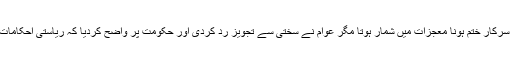
صدیوں سے چلی آرہی روایت کا یوں بحکم سرکار ختم ہونا معجزات میں شمار ہوتا مگر عوام نے سختی سے تجویز رد کردی اور حکومت پر واضح کردیا کہ ریاستی احکامات سماجی حرکیات پر اثرانداز نہیں ہوسکتے۔